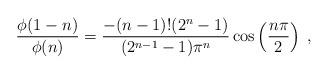
LaTeX: \begin{align*}\frac{\phi(1-n)}{\phi(n)} = \frac{-(n-1)!(2^n-1)}{(2^{n-1}-1)\pi^n}\cos\left(\frac{n\pi}{2}\right)\;,\end{align*}